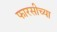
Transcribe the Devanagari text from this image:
फारसीच्या